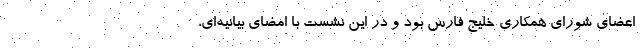
اعضای شورای همکاری خلیج فارس بود و در این نشست با امضای بیانیه‌ای،